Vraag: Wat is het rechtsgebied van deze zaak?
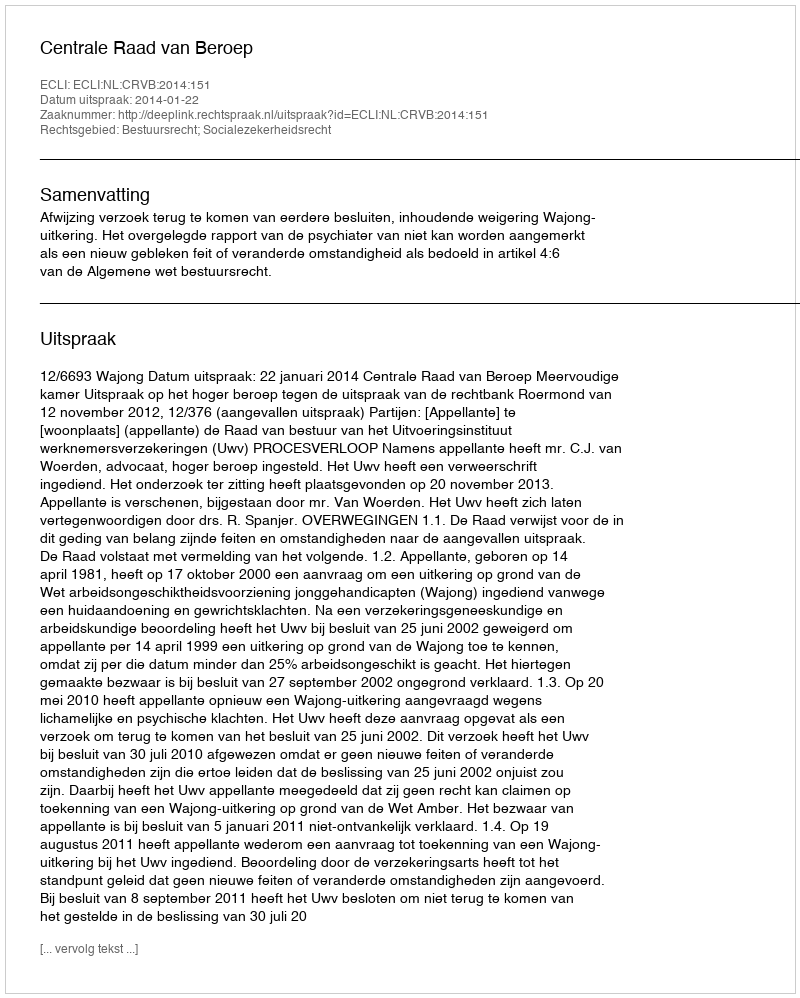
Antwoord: Bestuursrecht; Socialezekerheidsrecht